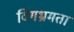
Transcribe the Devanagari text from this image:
दिगभ्रमता